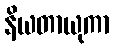
နိယတာယုကာ